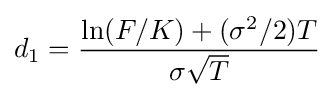
d_{1}={\frac {\ln(F/K)+(\sigma ^{2}/2)T}{\sigma {\sqrt {T}}}}